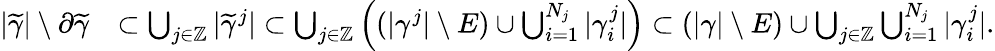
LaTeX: \begin{array}{rl}{|\widetilde\gamma|\setminus\partial\widetilde\gamma}&{\subset\bigcup_{j\in\mathbb Z}|\widetilde\gamma^{j}|\subset\bigcup_{j\in\mathbb Z}\left((|\gamma^{j}|\setminus E)\cup\bigcup_{i=1}^{N_{j}}|\gamma_{i}^{j}|\right)\subset(|\gamma|\setminus E)\cup\bigcup_{j\in\mathbb Z}\bigcup_{i=1}^{N_{j}}|\gamma_{i}^{j}|.}\end{array}